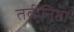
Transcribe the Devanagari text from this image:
तर्कनिष्ठा